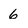
Character: 6